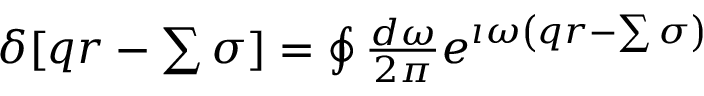
\begin{array} { r } { \delta [ q r - \sum \sigma ] = \oint \frac { d \omega } { 2 \pi } e ^ { \imath \omega \left( q r - \sum \sigma \right) } } \end{array}